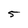
Character: 5